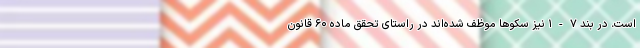
است. در بند ۷-۱ نیز سکوها موظف شده‌اند در راستای تحقق ماده ۶۰ قانون